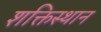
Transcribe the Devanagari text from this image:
शक्तिस्थान